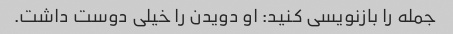
جمله را بازنویسی کنید: او دویدن را خیلی دوست داشت.